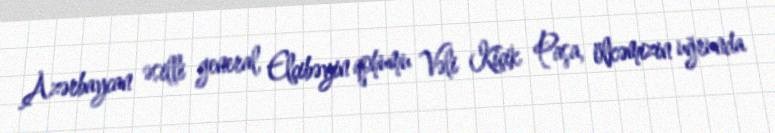
Azərbaycan əsilli general, Elçibəyin qohumu Vəli Kiçik Paşa, ölkəmizin uğrunda